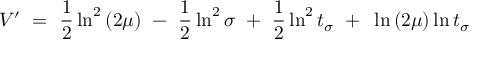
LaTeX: V { ' } ~ = ~ \frac { 1 } { 2 } \ln ^ { 2 } { ( 2 \mu ) } ~ - ~ \frac { 1 } { 2 } \ln ^ { 2 } { \sigma } ~ + ~ \frac { 1 } { 2 } \ln ^ { 2 } { t _ { \sigma } } ~ + ~ \ln { ( 2 \mu ) } \ln { t _ { \sigma } }